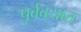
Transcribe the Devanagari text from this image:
पूर्ववयात